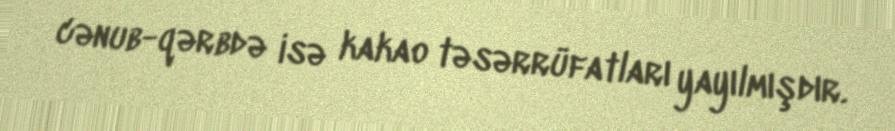
cənub-qərbdə isə kakao təsərrüfatları yayılmışdır.